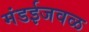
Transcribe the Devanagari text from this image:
मंडईजवळ